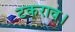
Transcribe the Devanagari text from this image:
टकराव।